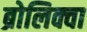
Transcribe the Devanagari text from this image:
ब्रोलिक्वा